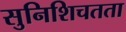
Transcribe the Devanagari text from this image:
सुनिशिचतता